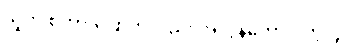
သူက စကားပြောကလည်း အလွန်ကောင်းတဲ့လူ။